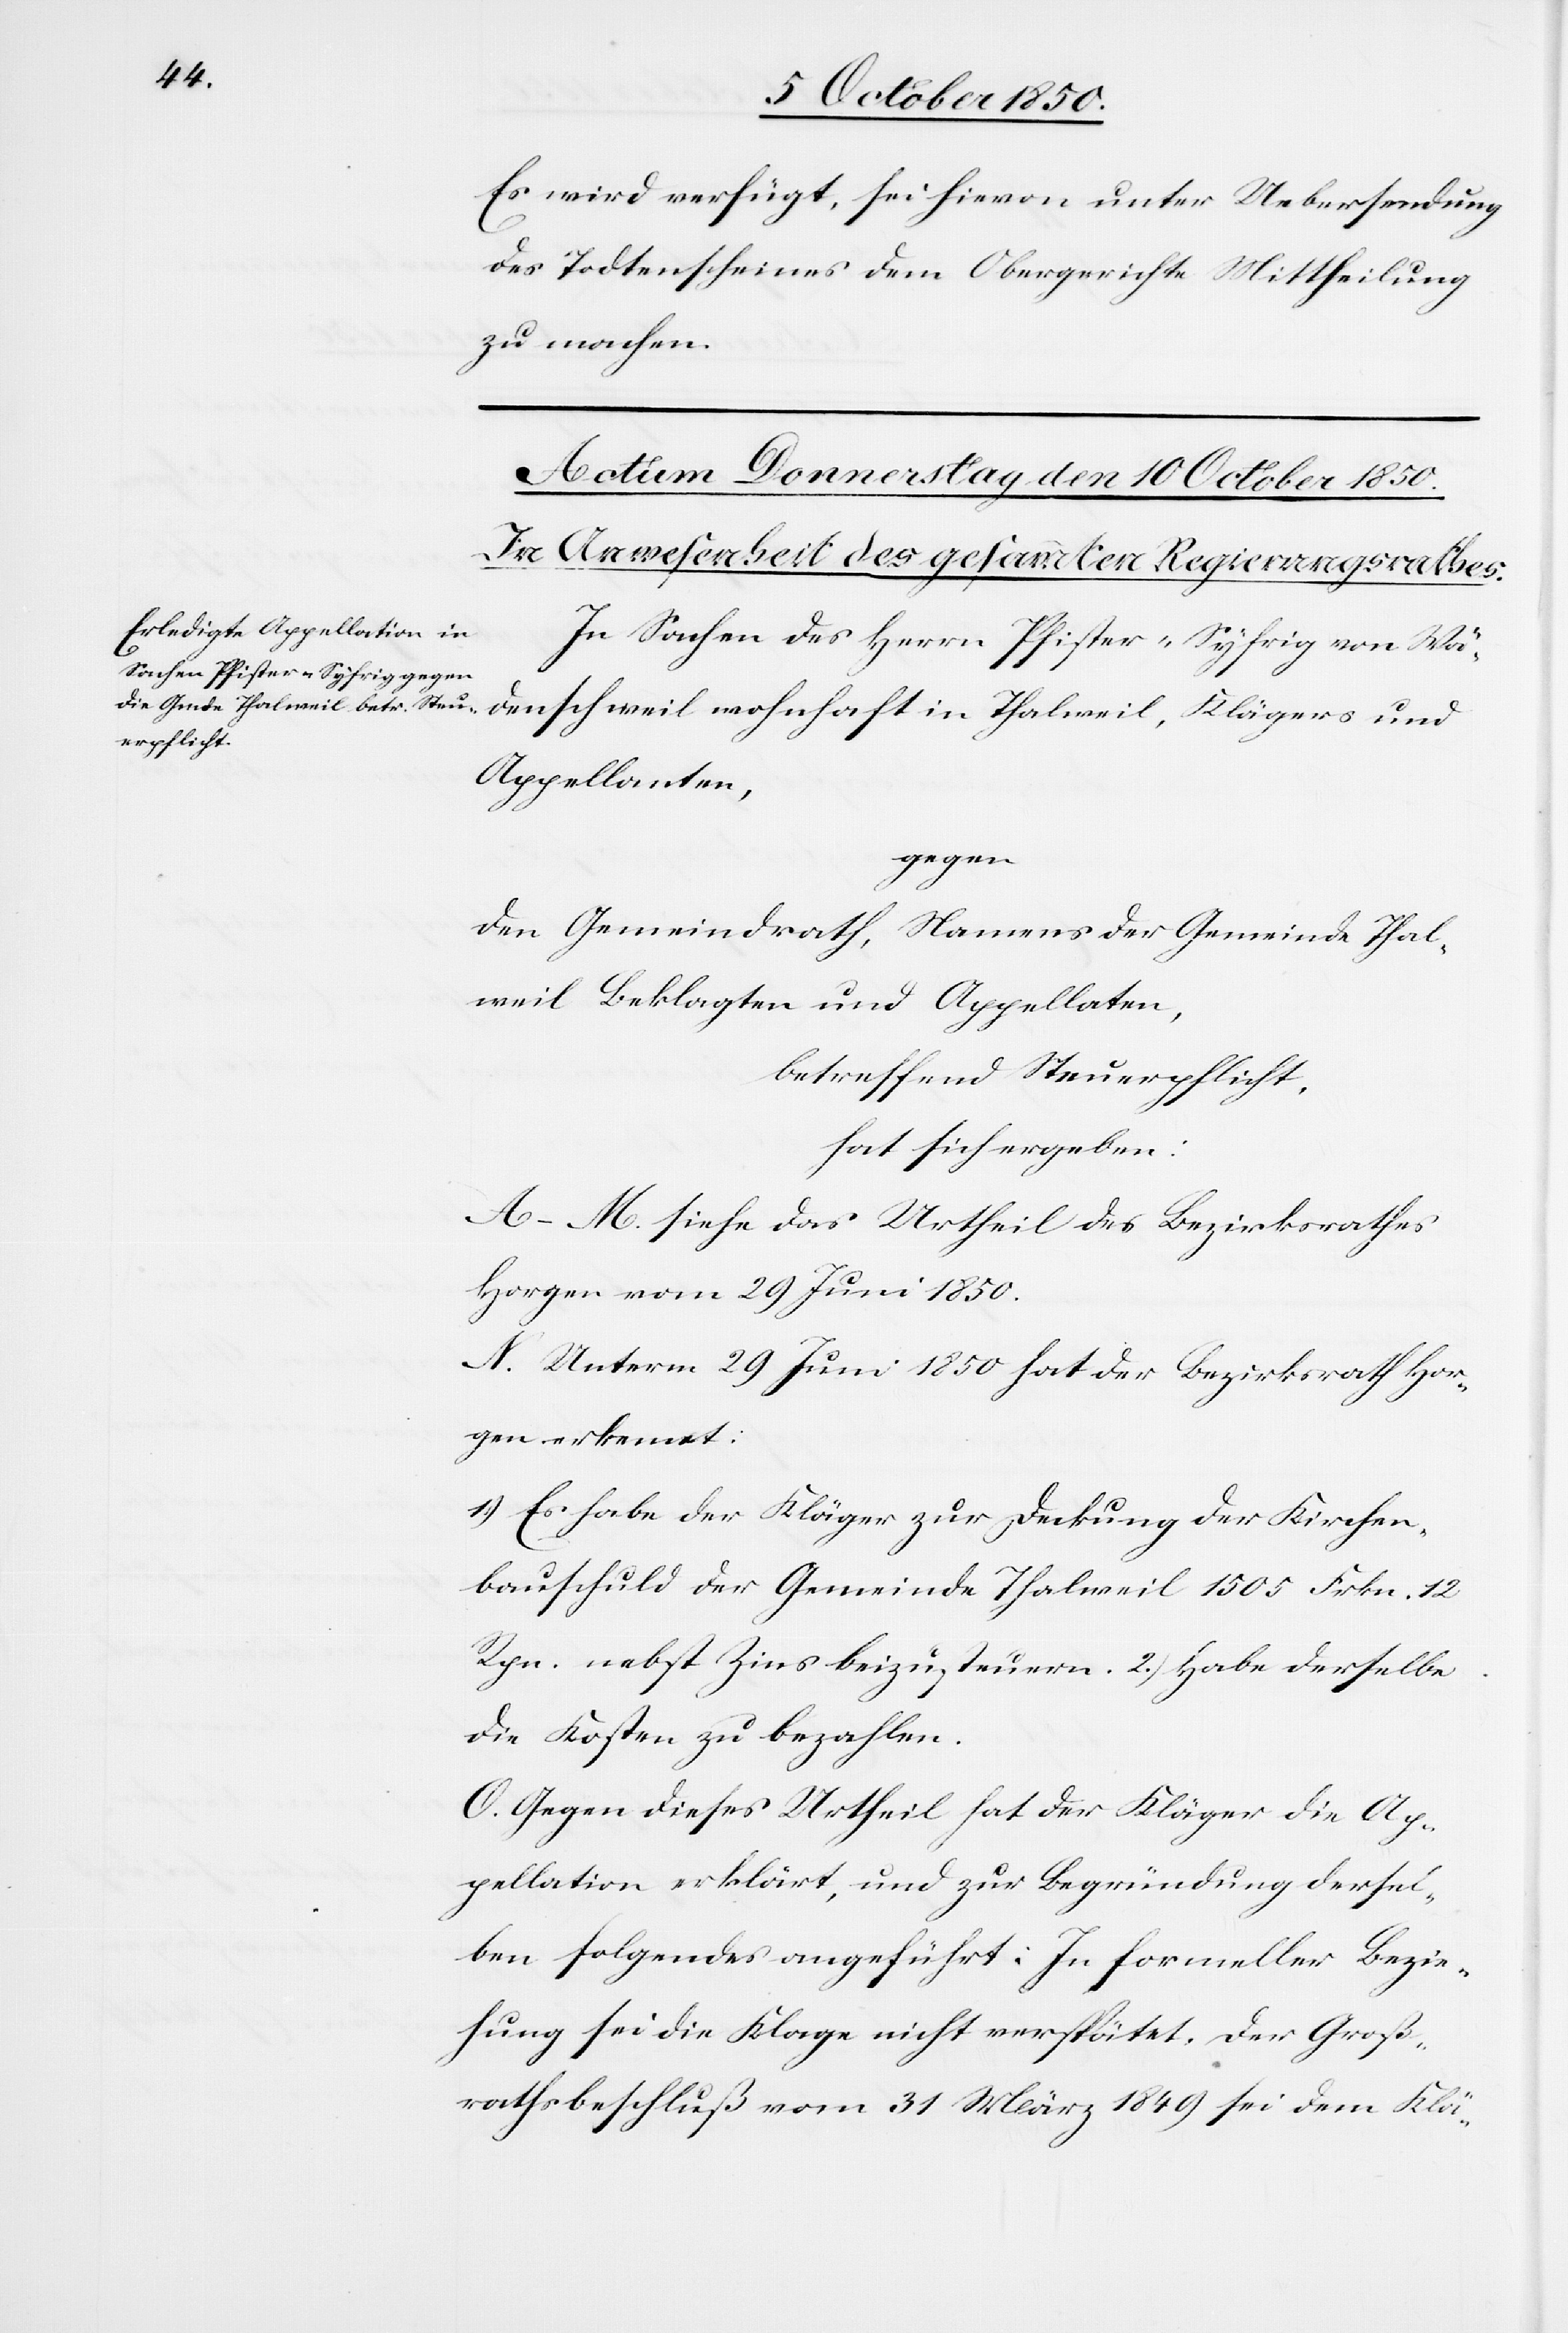
Es wird verfügt, sei hievon unter Uebersendung
des Todtenscheines dem Obergerichte Mittheilung
zu machen.
In Sachen des Herrn Pfister-Syfrig von Wä¬
denschweil wohnhaft in Thalweil, Klägers und
Appellanten,
gegen
den Gemeindrath, namens der Gemeinde Thal¬
weil Beklagten und Appellaten,
betreffend Steuerpflicht,
hat sich ergeben:
A–M. siehe das Urtheil des Bezirksrathes
Horgen vom 29 Juni 1850.
N. Unterm 29 Juni 1850 hat der Bezirksrath Hor¬
gen erkennt:
1) Es habe der Kläger zur Deckung der Kirchen¬
bauschuld der Gemeinde Thalweil 1505 Frkn. 12
Rpn. nebst Zins beizusteuern. 2.) Habe derselbe
die Kosten zu bezahlen.
O. Gegen dieses Urtheil hat der Kläger die Ap¬
pellation erklärt, und zur Begründung dersel¬
ben folgendes angeführt: In formeller Bezie¬
hung sei die Klage nicht verspätet, der Groß¬
rathsbeschluß vom 31 März 1849 sei dem Klä-